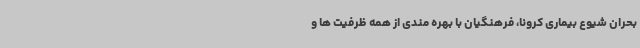
بحران شیوع بیماری کرونا، فرهنگیان با بهره مندی از همه ظرفیت ها و